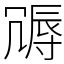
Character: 䢆